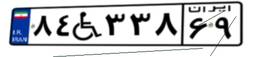
۸۴W۳۳۸۶۹